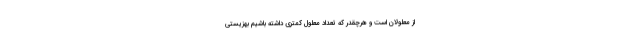
از معلولان است و هرچقدر که تعداد معلول کمتری داشته باشیم بهزیستی